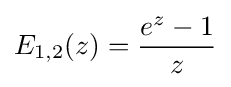
E_{1,2}(z)={\frac {e^{z}-1}{z}}